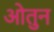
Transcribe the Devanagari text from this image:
ओतुन